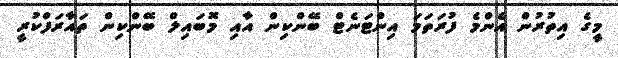
މީގެ އިތުރުން އެންމެ ފުރަތަމަ އިންޓަނެޓް ބޭންކިން އާއި މޮބައިލް ބޭންކިން ތައާރަފްކުރީ